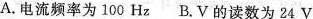
A.电流频率为100Hz B. V的读数为24 V